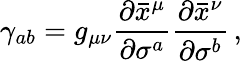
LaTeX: \gamma_{ab}=g_{\mu\nu}\frac{\partial\bar{x}^{\mu}}{\partial\sigma^{a}}\frac{\partial\bar{x}^{\nu}}{\partial\sigma^{b}}\, ,